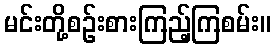
မင်းတို့စဉ်းစားကြည့်ကြစမ်း။